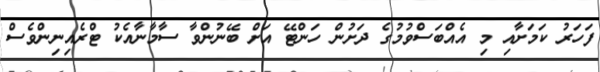
ފަހަރު ކަމަށާއި މި އެއްބަސްވުމުގެ ދަށުން ހަންޓޭ އަށް ބޭނުންވާ ސާމާނާއެކު ޓްރެއިނިންވެސް